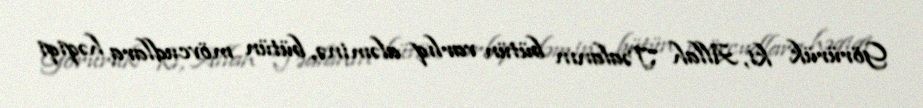
Görürük ki, Allah Təalanın bütün varlıq aləminə, bütün mövcudlara həqiqi